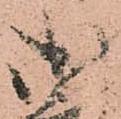
御